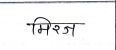
मजकूर: मिरज